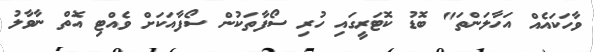
ވާހަކައެއް އަހާލަންތަ" ބޮޑު ކޮޓަރީގައި ހުރި ސޯފާތަކުން ސޯފާއަކަށް ވެއްޓި އޮތް ނާވާލު